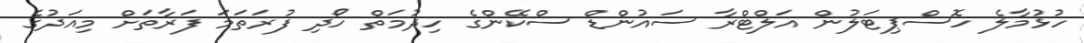
ހުޅުމާލެ ހޮސްޕިޓަލުން އަލްޓްރާ ސައުންޑް ސްކޭންގެ ހިދުމަތް ހޯދި ފުރަތަމަ ފަރާތަށް މިއަދުގެ